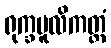
ရုက္ခမူလိကတ္တံ